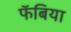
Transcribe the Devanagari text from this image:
फॅबिया